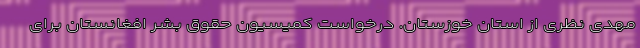
مهدی نظری از استان خوزستان. درخواست کمیسیون حقوق بشر افغانستان برای